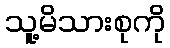
သူ့မိသားစုကို